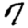
Digit: 7